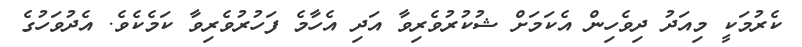
ކެރުމަކީ މިއަދު ދިވެހިން އެކަމަށް ޝުކުރުވެރިވާ އަދި އެހާމެ ފަހުރުވެރިވާ ކަމެކެވެ. އެދުވަހުގެ